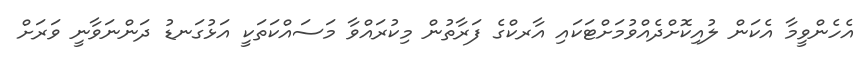
އެހެންވީމާ އެކަން ލުއިކޮށްދެއްވުމަށްޓަކައި އާރކްގެ ފަރާތުން މިކުރައްވާ މަސައްކަތަކީ އަޅުގަނޑު ދަންނަވާނީ ވަރަށް